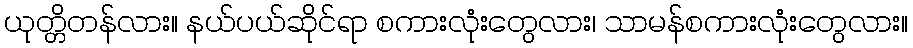
ယုတ္တိတန်လား။ နယ်ပယ်ဆိုင်ရာ စကားလုံးတွေလား၊ သာမန်စကားလုံးတွေလား။